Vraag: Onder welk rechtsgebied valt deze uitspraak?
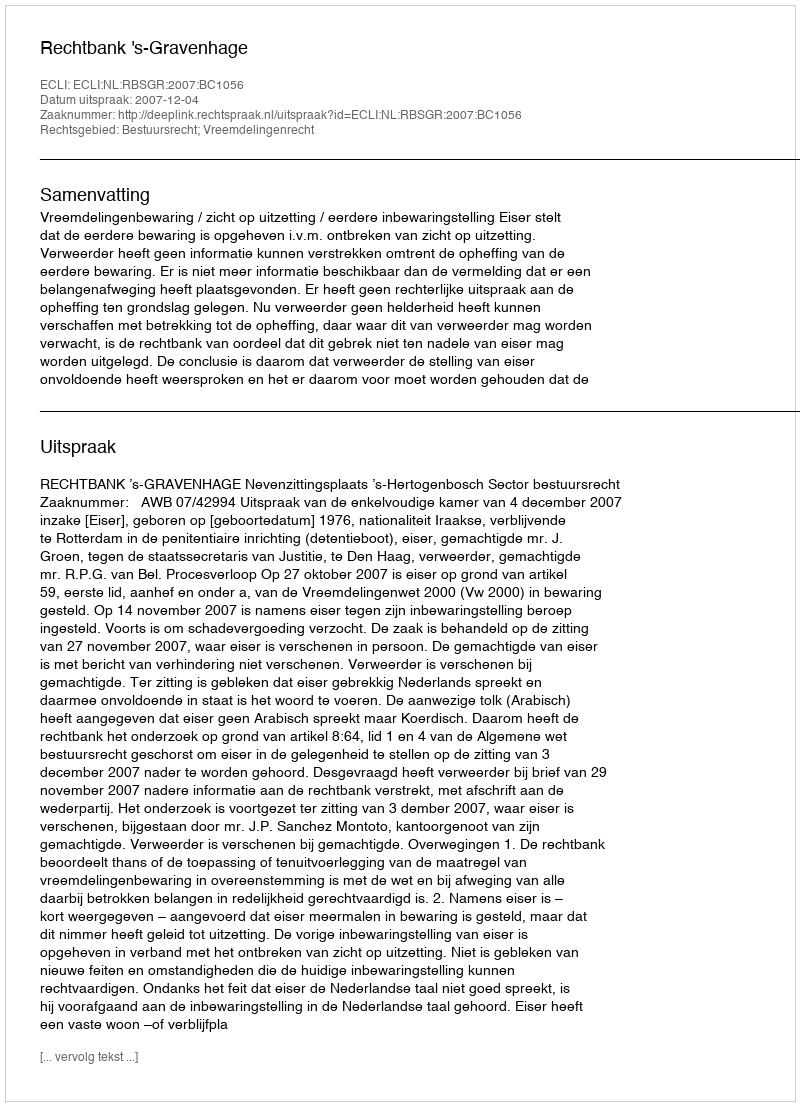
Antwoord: Bestuursrecht; Vreemdelingenrecht